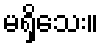
မရှိသေး။